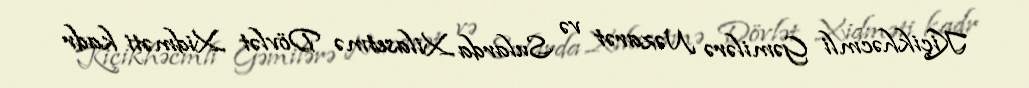
Kiçikhəcmli Gəmilərə Nəzarət və Sularda Xilasetmə Dövlət Xidməti kadr